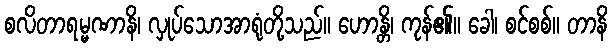
စလိတာရမ္မဏာနိ၊ လှုပ်သောအာရုံတို့သည်။ ဟောန္တိ၊ ကုန်၏။ ခေါ၊ စင်စစ်။ တာနိ